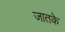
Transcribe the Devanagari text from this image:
जातके